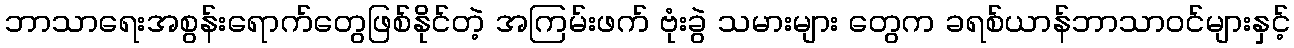
ဘာသာရေးအစွန်းရောက်တွေဖြစ်နိုင်တဲ့ အကြမ်းဖက် ဗုံးခွဲ သမားများ တွေက ခရစ်ယာန်ဘာသာဝင်များနှင့်